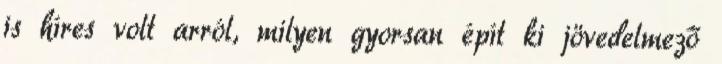
is híres volt arról, milyen gyorsan épít ki jövedelmező